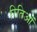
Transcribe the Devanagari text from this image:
रितिओं